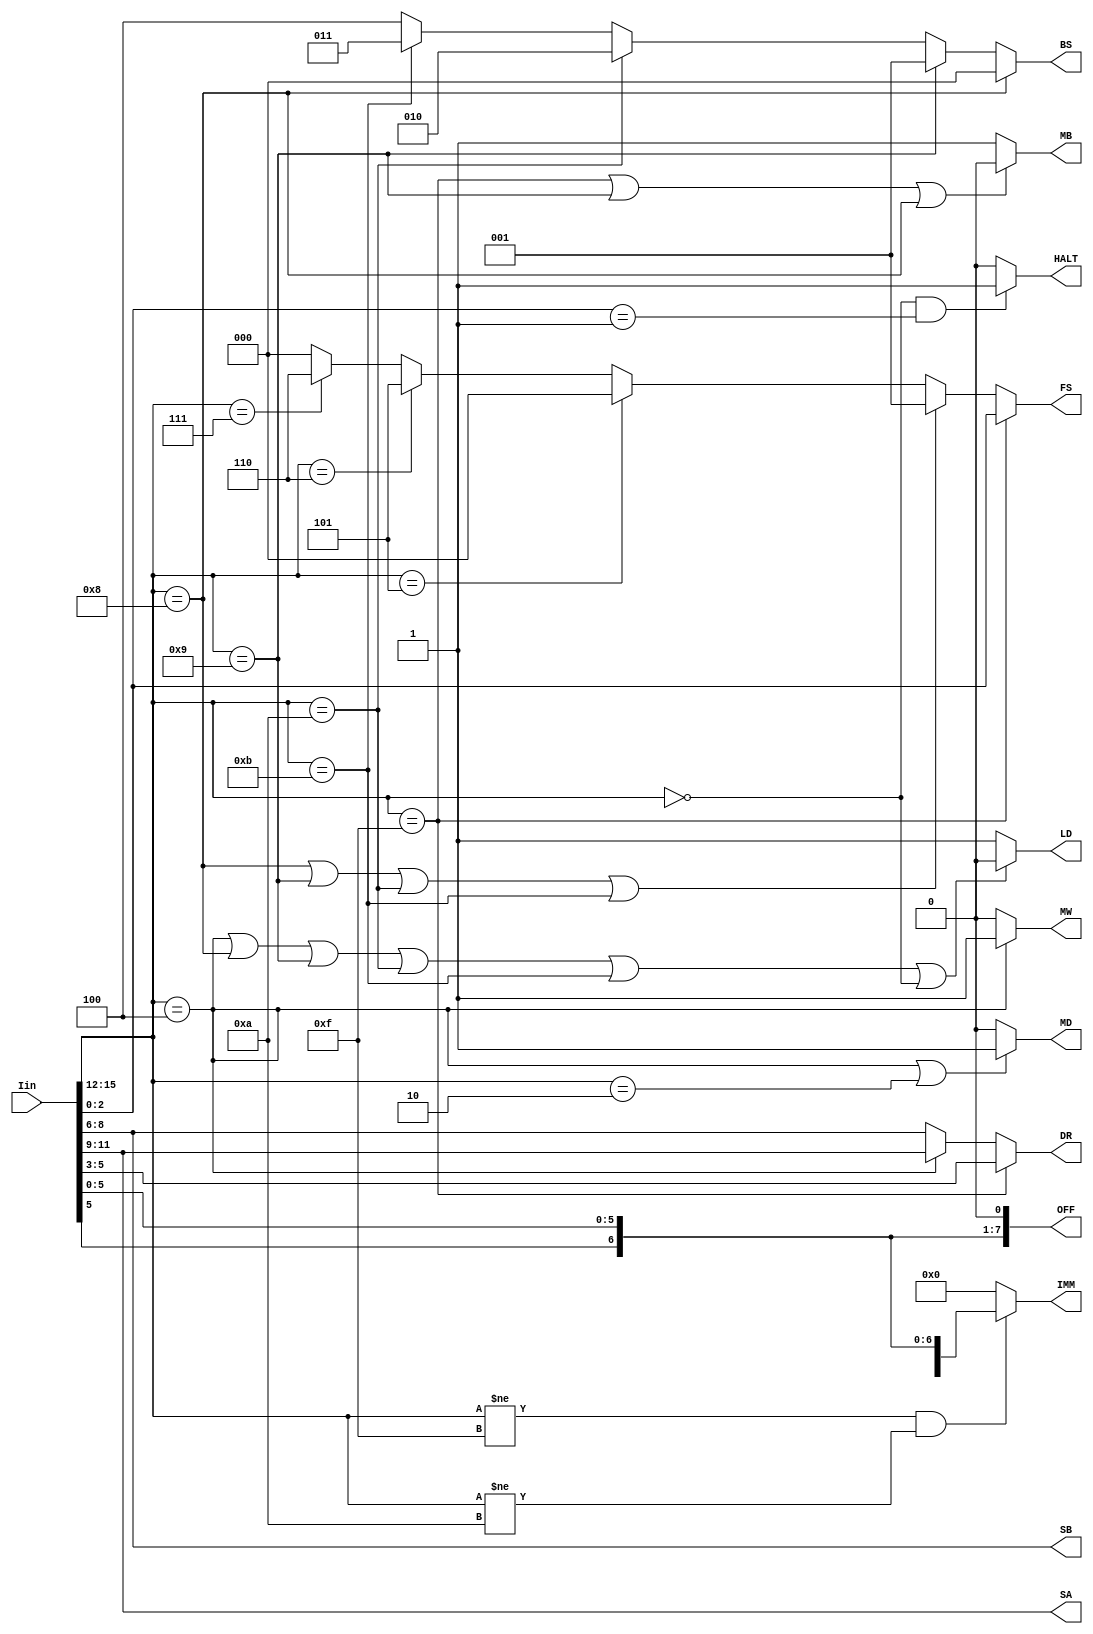
module decoder(Iin,SA,SB,DR,FS,MB,IMM,LD,MW,MD,BS,OFF,HALT);
	input [15:0] Iin;
	output [2:0] SA;
	output [2:0] SB;
	output [2:0] DR;
	output [2:0] FS;
	output MB;
	output [7:0] IMM;
	output LD;
	output MW;
	output MD;
	output [2:0] BS;
	output [7:0] OFF;
	output HALT;
	
	wire [2:0] SA;
	wire [2:0] SB;
	
	wire [2:0] DR;
	wire [2:0] FS;
	wire MB;
	wire [7:0] IMM;
	wire LD;
	wire MW;
	wire MD;
	wire HALT;
	wire [2:0] BS;
	wire [7:0] OFF;
	
	assign SA = Iin[11:9];
	assign SB = Iin[8:6];
	assign DR = (Iin[15:12] == 4'b1111) ? Iin[5:3] : ((Iin[15:12] == 4'b0100) ? Iin[11:9]: Iin[8:6]);
	assign FS = (Iin[15:12] == 4'b1111) ? Iin[2:0] : ((Iin[15:12] == 4'b1000 || Iin[15:12] == 4'b1001 || 
		Iin[15:12] == 4'b1010 || Iin[15:12] == 4'b1011) ? 3'b001 : ((Iin[15:12] == 4'b0101) ? 3'b000 : 
		((Iin[15:12] == 4'b0110) ? 3'b101 : ((Iin[15:12] == 4'b0111) ? 3'b110 : 3'b000))));
	assign IMM = (Iin[15:12] != 4'b1111 && Iin[15:12]!=4'b1010) ? {Iin[5],Iin[5],Iin[5:0]} : 8'b0;
	assign MB = (Iin[15:12] == 4'b1111 || Iin[15:12]==4'b1001 || Iin[15:12]==4'b1000) ? 1'b0 : 1'b1;
	assign LD = (Iin[15:12] == 4'b0100 || Iin[15:12] == 4'b1000 || Iin[15:12] == 4'b1001 || 
		Iin[15:12] == 4'b1010 || Iin[15:12] == 4'b1011 || Iin[15:12]==4'b0000) ? 1'b0 : 1'b1;
	assign MW = (Iin[15:12] == 4'b0100) ? 1'b1 : 1'b0;
	assign MD = (Iin[15:12] == 4'b0100 || Iin[15:12] == 4'b0010) ? 1'b1 : 1'b0;
	assign HALT = (Iin[15:12] == 4'b0000 && Iin[2:0] == 3'b001) ? 1'b1 : 1'b0;
	
	//1001 used to bed 001
	assign BS = (Iin[15:12] == 4'b1000) ? 3'b000 : ((Iin[15:12] == 4'b1001) ? 3'b001 : ((Iin[15:12] == 4'b1010) ?
		3'b010 : (Iin[15:12] == 4'b1011 ? 3'b011 : 3'b100)));
	assign OFF = {Iin[5],Iin[5:0],1'b0};
	
endmodule